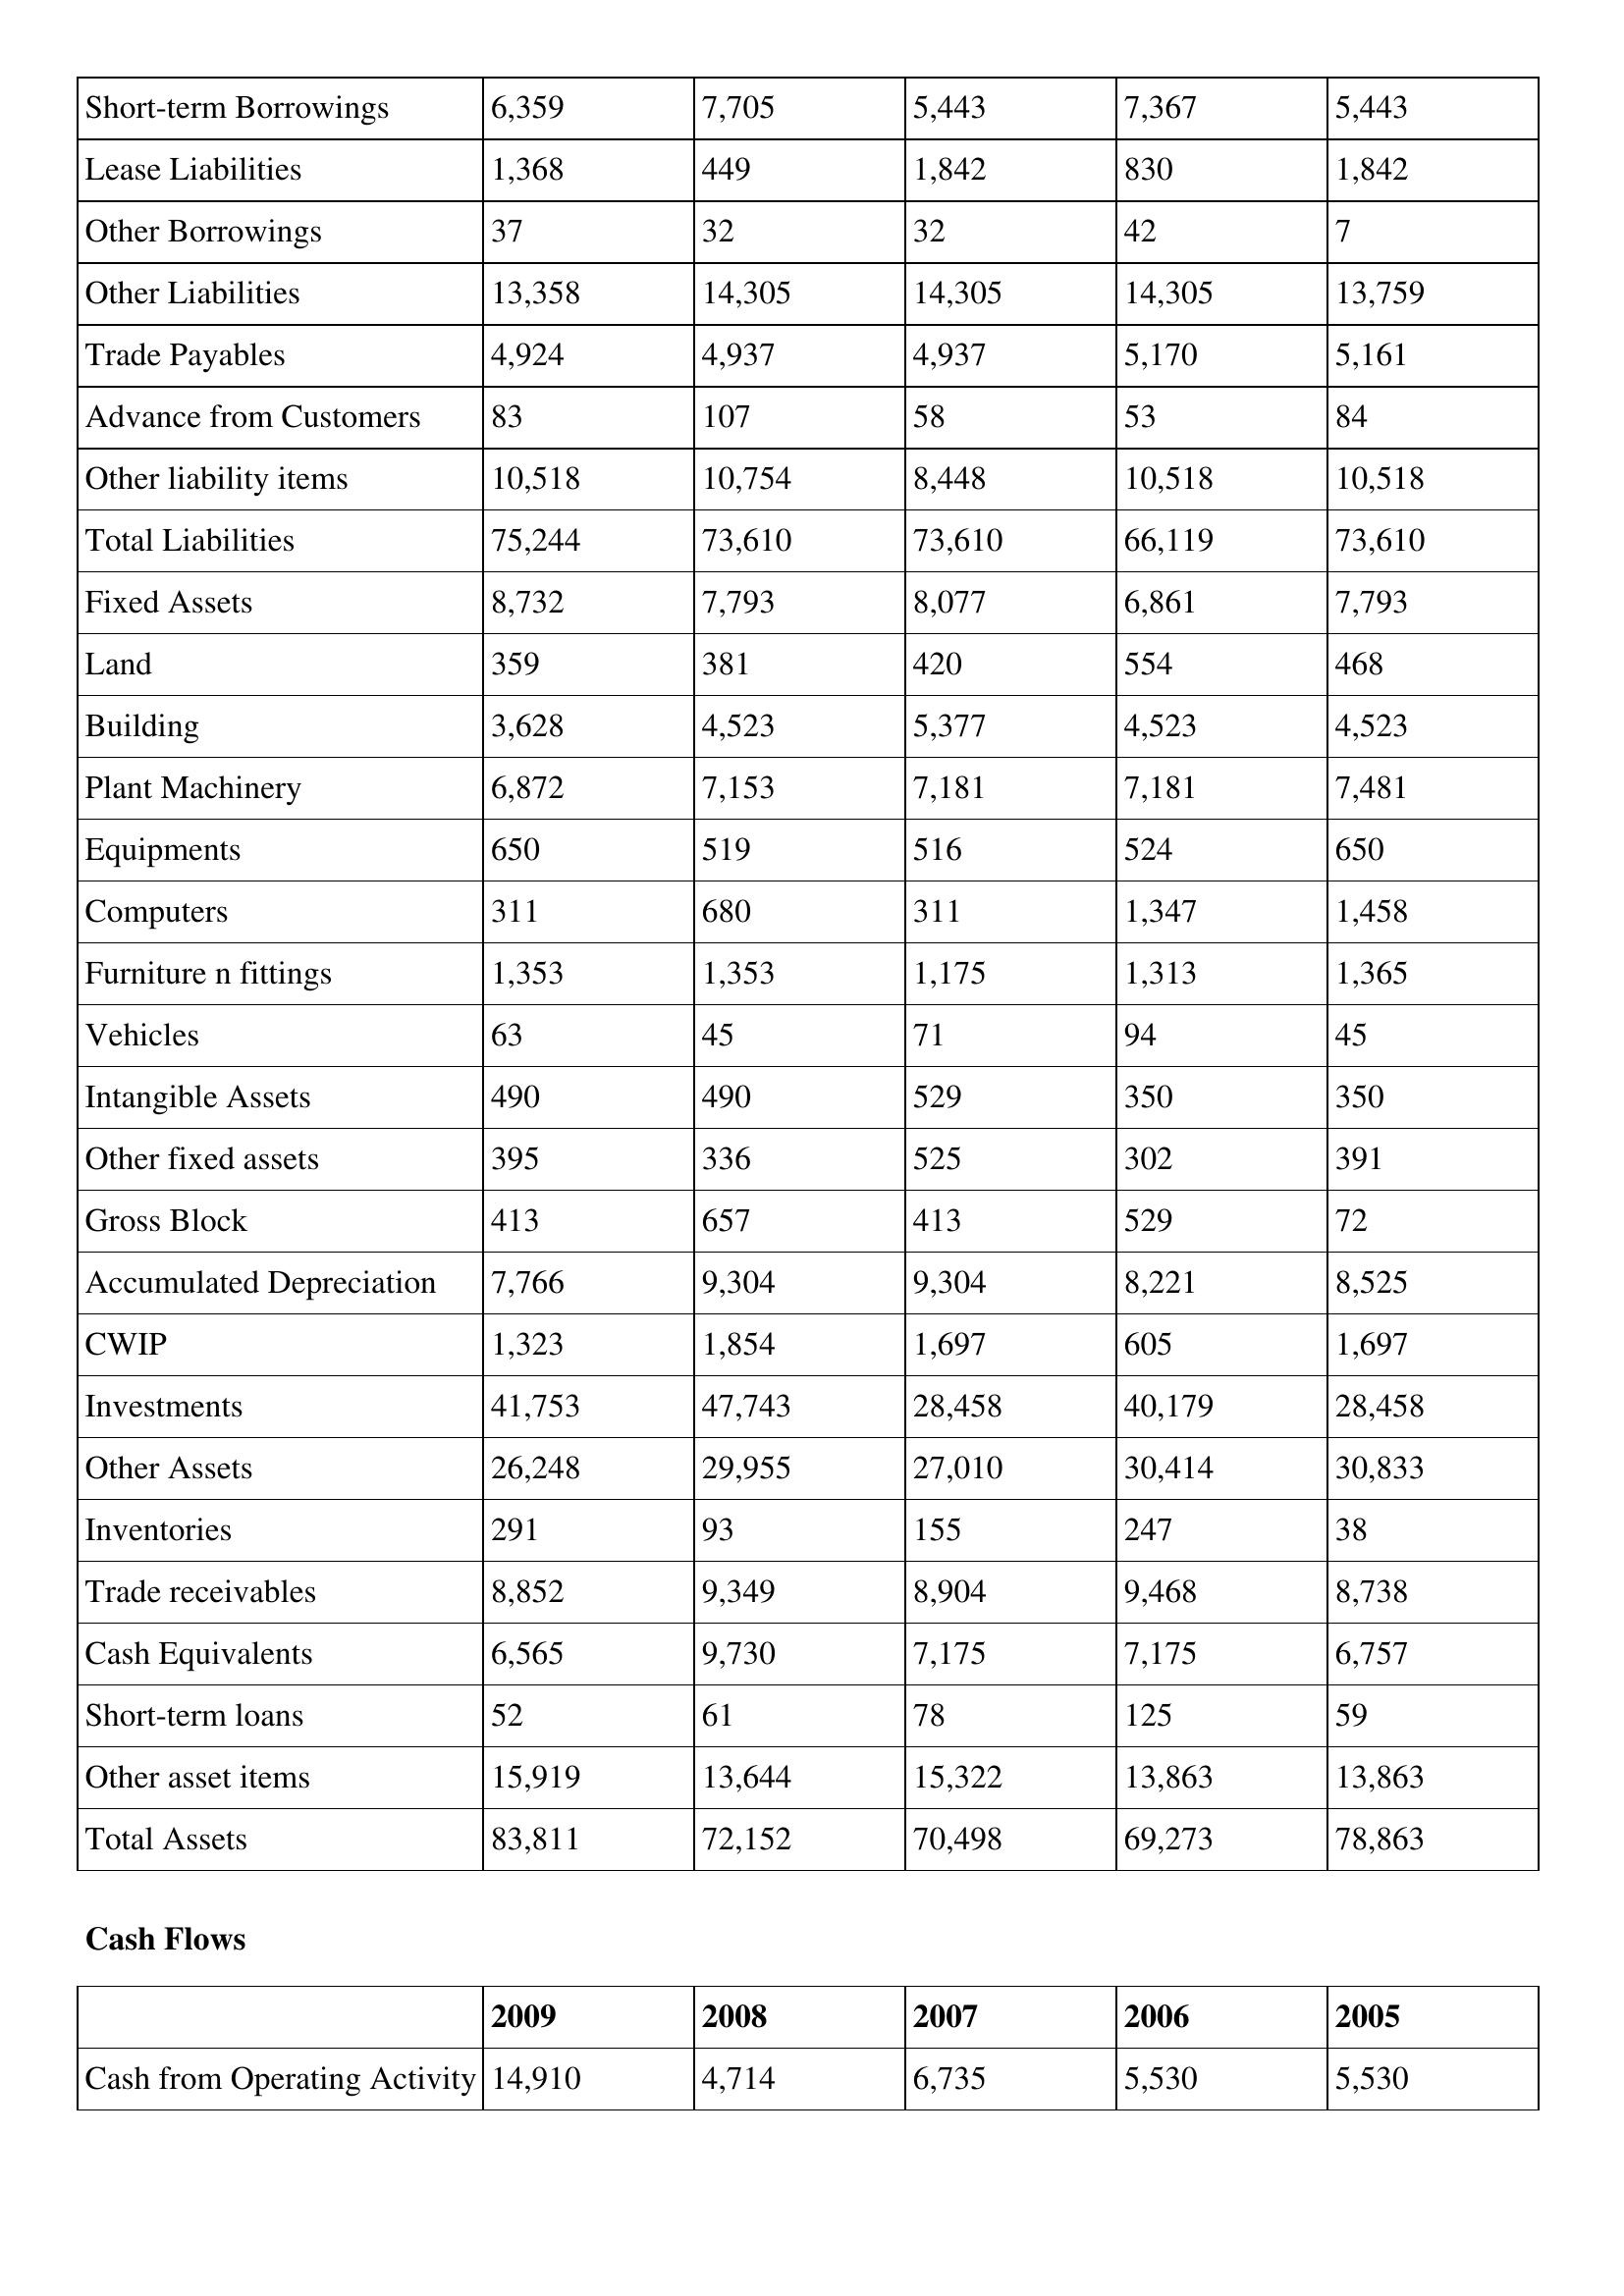
gt_parse: 2009: Balance Sheet: Short-term Borrowings: 6,359
Lease Liabilities: 1,368
Other Borrowings: 37
Other Liabilities: 13,358
Trade Payables: 4,924
Advance from Customers: 83
Other liability items: 10,518
Total Liabilities: 75,244
Fixed Assets: 8,732
Land: 359
Building: 3,628
Plant Machinery: 6,872
Equipments: 650
Computers: 311
Furniture n fittings: 1,353
Vehicles: 63
Intangible Assets: 490
Other fixed assets: 395
Gross Block: 413
Accumulated Depreciation: 7,766
CWIP: 1,323
Investments: 41,753
Other Assets: 26,248
Inventories: 291
Trade receivables: 8,852
Cash Equivalents: 6,565
Short-term loans: 52
Other asset items: 15,919
Total Assets: 83,811
Cash Flows: Cash from Operating Activity: 14,910
2008: Balance Sheet: Short-term Borrowings: 7,705
Lease Liabilities: 449
Other Borrowings: 32
Other Liabilities: 14,305
Trade Payables: 4,937
Advance from Customers: 107
Other liability items: 10,754
Total Liabilities: 73,610
Fixed Assets: 7,793
Land: 381
Building: 4,523
Plant Machinery: 7,153
Equipments: 519
Computers: 680
Furniture n fittings: 1,353
Vehicles: 45
Intangible Assets: 490
Other fixed assets: 336
Gross Block: 657
Accumulated Depreciation: 9,304
CWIP: 1,854
Investments: 47,743
Other Assets: 29,955
Inventories: 93
Trade receivables: 9,349
Cash Equivalents: 9,730
Short-term loans: 61
Other asset items: 13,644
Total Assets: 72,152
Cash Flows: Cash from Operating Activity: 4,714
2007: Balance Sheet: Short-term Borrowings: 5,443
Lease Liabilities: 1,842
Other Borrowings: 32
Other Liabilities: 14,305
Trade Payables: 4,937
Advance from Customers: 58
Other liability items: 8,448
Total Liabilities: 73,610
Fixed Assets: 8,077
Land: 420
Building: 5,377
Plant Machinery: 7,181
Equipments: 516
Computers: 311
Furniture n fittings: 1,175
Vehicles: 71
Intangible Assets: 529
Other fixed assets: 525
Gross Block: 413
Accumulated Depreciation: 9,304
CWIP: 1,697
Investments: 28,458
Other Assets: 27,010
Inventories: 155
Trade receivables: 8,904
Cash Equivalents: 7,175
Short-term loans: 78
Other asset items: 15,322
Total Assets: 70,498
Cash Flows: Cash from Operating Activity: 6,735
2006: Balance Sheet: Short-term Borrowings: 7,367
Lease Liabilities: 830
Other Borrowings: 42
Other Liabilities: 14,305
Trade Payables: 5,170
Advance from Customers: 53
Other liability items: 10,518
Total Liabilities: 66,119
Fixed Assets: 6,861
Land: 554
Building: 4,523
Plant Machinery: 7,181
Equipments: 524
Computers: 1,347
Furniture n fittings: 1,313
Vehicles: 94
Intangible Assets: 350
Other fixed assets: 302
Gross Block: 529
Accumulated Depreciation: 8,221
CWIP: 605
Investments: 40,179
Other Assets: 30,414
Inventories: 247
Trade receivables: 9,468
Cash Equivalents: 7,175
Short-term loans: 125
Other asset items: 13,863
Total Assets: 69,273
Cash Flows: Cash from Operating Activity: 5,530
2005: Balance Sheet: Short-term Borrowings: 5,443
Lease Liabilities: 1,842
Other Borrowings: 7
Other Liabilities: 13,759
Trade Payables: 5,161
Advance from Customers: 84
Other liability items: 10,518
Total Liabilities: 73,610
Fixed Assets: 7,793
Land: 468
Building: 4,523
Plant Machinery: 7,481
Equipments: 650
Computers: 1,458
Furniture n fittings: 1,365
Vehicles: 45
Intangible Assets: 350
Other fixed assets: 391
Gross Block: 72
Accumulated Depreciation: 8,525
CWIP: 1,697
Investments: 28,458
Other Assets: 30,833
Inventories: 38
Trade receivables: 8,738
Cash Equivalents: 6,757
Short-term loans: 59
Other asset items: 13,863
Total Assets: 78,863
Cash Flows: Cash from Operating Activity: 5,530